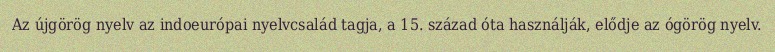
Az újgörög nyelv az indoeurópai nyelvcsalád tagja, a 15. század óta használják, elődje az ógörög nyelv.